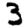
Digit: 3